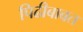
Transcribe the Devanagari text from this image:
पिढीबाबत